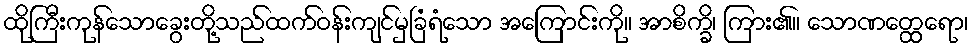
ထိုကြီးကုန်သောခွေးတို့သည်ထက်ဝန်းကျင်မှခြံရံသော အကြောင်းကို။ အာစိက္ခိ၊ ကြား၏။ သောဏတ္ထေရော၊